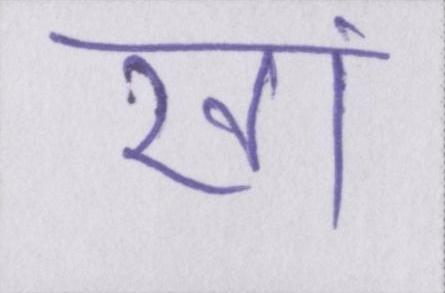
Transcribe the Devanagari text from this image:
खां